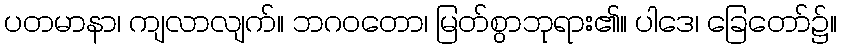
ပတမာနာ၊ ကျလာလျက်။ ဘဂဝတော၊ မြတ်စွာဘုရား၏။ ပါဒေ၊ ခြေတော်၌။